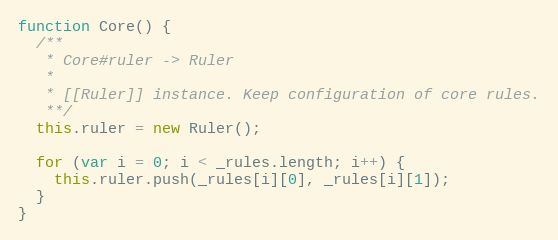
Language: JavaScript
function Core() {
  /**
   * Core#ruler -> Ruler
   *
   * [[Ruler]] instance. Keep configuration of core rules.
   **/
  this.ruler = new Ruler();

  for (var i = 0; i < _rules.length; i++) {
    this.ruler.push(_rules[i][0], _rules[i][1]);
  }
}